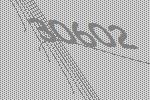
30602